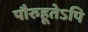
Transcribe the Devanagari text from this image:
पौरुहूतेऽपि